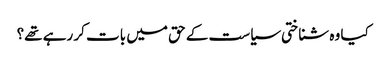
کیا وہ شناختی سیاست کے حق میں بات کر رہے تھے؟